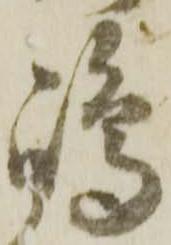
嶋